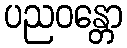
ပညဝန္တော